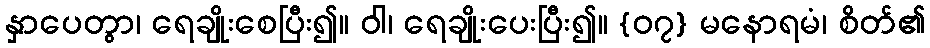
နှာပေတွာ၊ ရေချိုးစေပြီး၍။ ဝါ၊ ရေချိုးပေးပြီး၍။ {၀၇} မနောရမံ၊ စိတ်၏